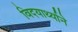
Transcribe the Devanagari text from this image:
विदयार्थ्‍याने